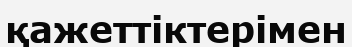
қажеттіктерімен